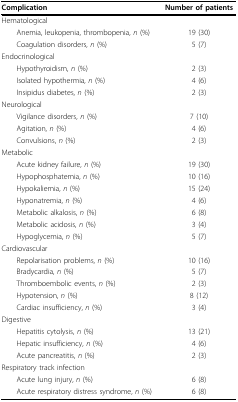
<table><thead><tr><td><b>Complication</b></td><td><b>Number of patients</b></td></tr></thead><tbody><tr><td>Hematological</td><td></td></tr><tr><td> Anemia, leukopenia, thrombopenia, <i>n </i>(%)</td><td>19 (30)</td></tr><tr><td> Coagulation disorders, <i>n </i>(%)</td><td>5 (7)</td></tr><tr><td>Endocrinological</td><td></td></tr><tr><td> Hypothyroidism, <i>n </i>(%)</td><td>2 (3)</td></tr><tr><td> Isolated hypothermia, <i>n </i>(%)</td><td>4 (6)</td></tr><tr><td> Insipidus diabetes, <i>n </i>(%)</td><td>2 (3)</td></tr><tr><td>Neurological</td><td></td></tr><tr><td> Vigilance disorders, <i>n </i>(%)</td><td>7 (10)</td></tr><tr><td> Agitation, <i>n </i>(%)</td><td>4 (6)</td></tr><tr><td> Convulsions, <i>n </i>(%)</td><td>2 (3)</td></tr><tr><td>Metabolic</td><td></td></tr><tr><td> Acute kidney failure, <i>n </i>(%)</td><td>19 (30)</td></tr><tr><td> Hypophosphatemia, <i>n </i>(%)</td><td>10 (16)</td></tr><tr><td> Hypokaliemia, <i>n </i>(%)</td><td>15 (24)</td></tr><tr><td> Hyponatremia, <i>n </i>(%)</td><td>4 (6)</td></tr><tr><td> Metabolic alkalosis, <i>n </i>(%)</td><td>6 (8)</td></tr><tr><td> Metabolic acidosis, <i>n </i>(%)</td><td>3 (4)</td></tr><tr><td> Hypoglycemia, <i>n </i>(%)</td><td>5 (7)</td></tr><tr><td>Cardiovascular</td><td></td></tr><tr><td> Repolarisation problems, <i>n </i>(%)</td><td>10 (16)</td></tr><tr><td> Bradycardia, <i>n </i>(%)</td><td>5 (7)</td></tr><tr><td> Thromboembolic events, <i>n </i>(%)</td><td>2 (3)</td></tr><tr><td> Hypotension, <i>n </i>(%)</td><td>8 (12)</td></tr><tr><td> Cardiac insufficiency, <i>n </i>(%)</td><td>3 (4)</td></tr><tr><td>Digestive</td><td></td></tr><tr><td> Hepatitis cytolysis, <i>n </i>(%)</td><td>13 (21)</td></tr><tr><td> Hepatic insufficiency, <i>n </i>(%)</td><td>4 (6)</td></tr><tr><td> Acute pancreatitis, <i>n </i>(%)</td><td>2 (3)</td></tr><tr><td>Respiratory track infection</td><td></td></tr><tr><td> Acute lung injury, <i>n </i>(%)</td><td>6 (8)</td></tr><tr><td> Acute respiratory distress syndrome, <i>n </i>(%)</td><td>6 (8)</td></tr></tbody></table>